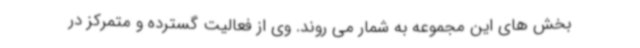
بخش های این مجموعه به شمار می روند. وی از فعالیت گسترده و متمرکز در